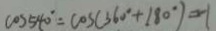
\cos 5 4 0 ^ { \circ } = \cos ( 3 6 0 ^ { \circ } + 1 8 0 ^ { \circ } ) = - 1